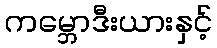
ကမ္ဘောဒီးယားနှင့်